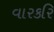
વારકરિ